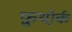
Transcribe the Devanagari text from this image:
फ़ुथ़ोर्क